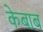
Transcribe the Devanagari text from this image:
केबाब